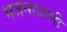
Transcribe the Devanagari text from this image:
भजनावाली